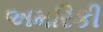
અમરિકી